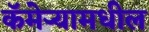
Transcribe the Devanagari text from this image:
कॅमेऱ्यामधील